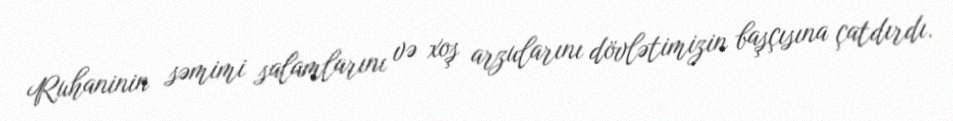
Ruhaninin səmimi salamlarını və xoş arzularını dövlətimizin başçısına çatdırdı.